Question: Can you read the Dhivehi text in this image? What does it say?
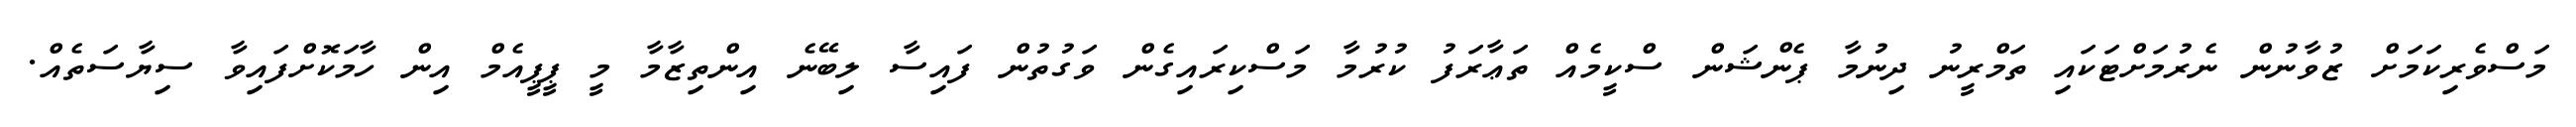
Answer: މަސްވެރިކަމަށް ޒުވާނުން ނެރުމަށްޓަކައި ތަމްރީނު ދިނުމާ ޕެންޝަން ސްކީމެއް ތަޢާރަފު ކުރުމާ މަސްކިރައިގެން ވަގުތުން ފައިސާ ލިބޭނެ އިންތިޒާމާ މީ ޕީޕީއެމް އިން ހާމަކޮށްފައިވާ ސިޔާސަތެއް.